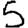
Digit: 5